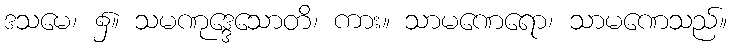
ဒသမေ၊ ၌။ သမဏုဒ္ဒေသောတိ၊ ကား။ သာမဏေရော၊ သာမဏေသည်။